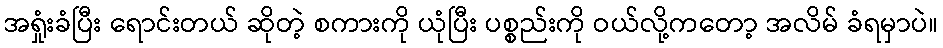
အရှုံးခံပြီး ရောင်းတယ် ဆိုတဲ့ စကားကို ယုံပြီး ပစ္စည်းကို ဝယ်လို့ကတော့ အလိမ် ခံရမှာပဲ။